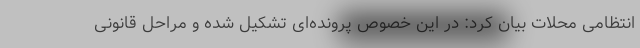
انتظامی محلات بیان کرد: در این خصوص پرونده‌ای تشکیل شده و مراحل قانونی